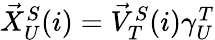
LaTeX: \begin{array}{r}{\vec{X}_{U}^{S}(i)=\vec{V}_{T}^{S}(i)\gamma_{U}^{T}}\end{array}